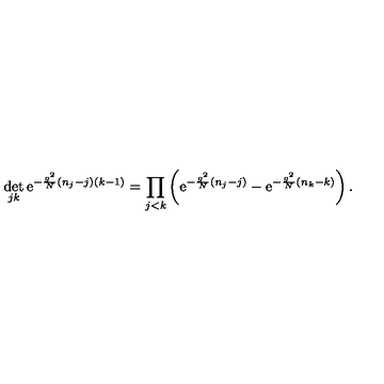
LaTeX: \det _ { j k } \mathrm { e } ^ { - \frac { g ^ { 2 } } { N } ( n _ { j } - j ) ( k - 1 ) } = \prod _ { j < k } \left( \mathrm { e } ^ { - \frac { g ^ { 2 } } { N } ( n _ { j } - j ) } - \mathrm { e } ^ { - \frac { g ^ { 2 } } { N } ( n _ { k } - k ) } \right) .